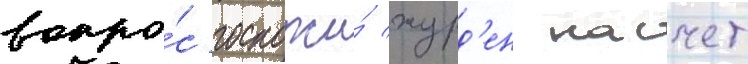
вопро́с госпожи́ журд'ен насчет